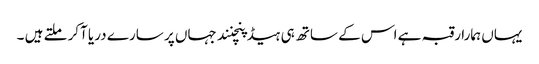
یہاں ہمارا رقبہ ہے اس کے ساتھ ہی ہیڈ پنچنند جہاں پر سارے دریا آکر ملتے ہیں ۔